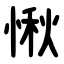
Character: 愀